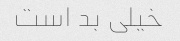
خیلی بد است